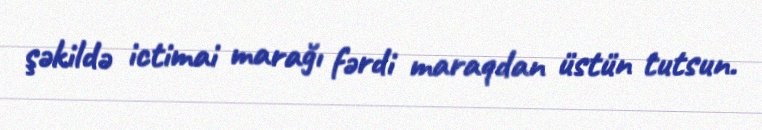
şəkildə ictimai marağı fərdi maraqdan üstün tutsun.